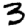
Digit: 3